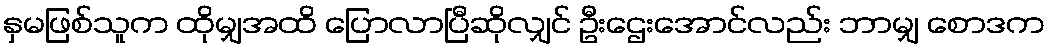
နှမဖြစ်သူက ထိုမျှအထိ ပြောလာပြီဆိုလျှင် ဦးဌေးအောင်လည်း ဘာမျှ စောဒက